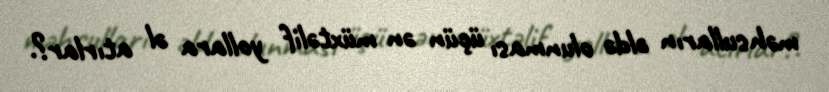
məhsulların əldə olunması üçün ən müxtəlif yollara əl atırlar?.